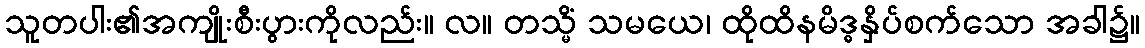
သူတပါး၏အကျိုးစီးပွားကိုလည်း။ လ။ တသ္မိံ သမယေ၊ ထိုထိနမိဒ္ဓနှိပ်စက်သော အခါ၌။